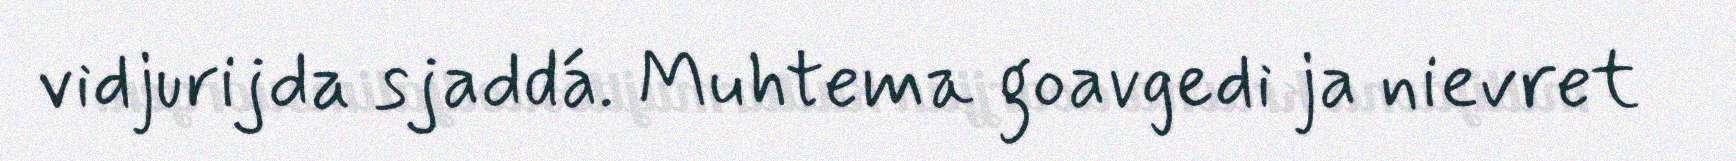
vidjurijda sjaddá. Muhtema goavgedi ja nievret